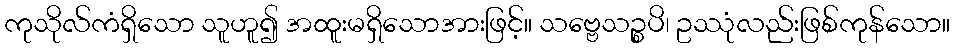
ကုသိုလ်ကံရှိသော သူဟူ၍ အထူးမရှိသောအားဖြင့်။ သဗ္ဗေသဉ္စပိ၊ ဥဿုံလည်းဖြစ်ကုန်သော။